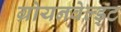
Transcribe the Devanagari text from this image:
ग्रोयनवेल्ड्ट